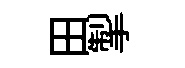
田掣